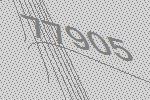
77905